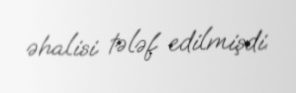
əhalisi tələf edilmişdi.